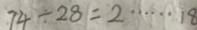
7 4 \div 2 8 = 2 \cdots 1 8